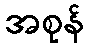
အစုန်